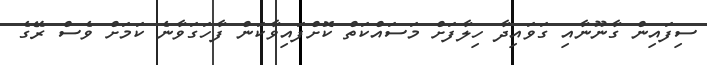
ސިފައިން ގާނޫނާއި ގަވައިދާ ހިލާފަށް މަސައްކަތް ކޮށްފައިވާކަން ފާހަގަވާނެ ކަމަށް ވެސް ރޭގެ